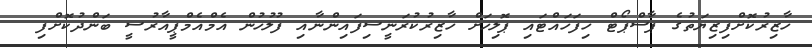
ހާޒިރުކޮށްފިޒިޔަތުގެ ޕާސްޕޯޓް ހިފަހައްޓައި ޕޮލިހަށް ހާޒިރުކުރަނީސިފައިންނާއި ފުލުހުން އެމްއެމްޕީއާރުސީ ބަންދުކޮށްފި